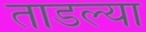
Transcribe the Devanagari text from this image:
ताडल्या